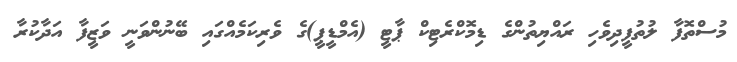
މުސްތޮފާ ލުތުފީދިވެހި ރައްޔިތުންގެ ޑިމޮކްރެޓިކް ޕާޓީ (އެމްޑީޕީ)ގެ ވެރިކަމެއްގައި ބޭނުންވަނީ ވަޒީފާ އަދާކުރާ